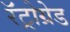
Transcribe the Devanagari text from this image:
रॅट्रोग्रेड